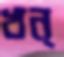
খন্